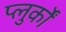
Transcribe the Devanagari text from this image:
प्लुर्कों